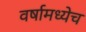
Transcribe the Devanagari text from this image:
वर्षामध्येच